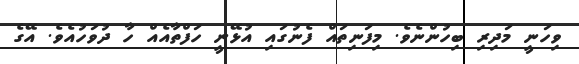
ވިހަނީ މަދިރި ބިހުންނެވެ. މިފަނިތައް ފެނުގައި އުޅޭނީ ހަފްތާއެއް ހާ ދުވަހުއެވެ. އޭގެ